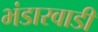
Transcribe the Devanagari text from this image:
भंडारवाडी